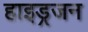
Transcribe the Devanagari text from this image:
हाइड्रजन